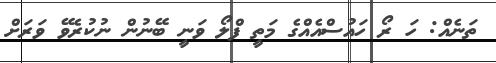
ތަނެއް: ހަ ރޯ ހައުސްއެއްގެ މަތީ ފްލޯ ވަނީ ބޭނުން ނުކުރެވޭ ވަރަށް